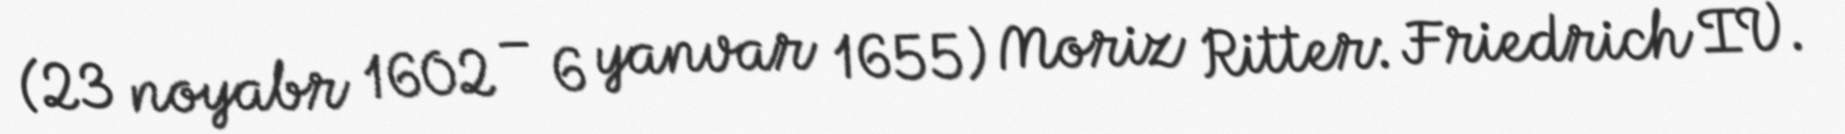
(23 noyabr 1602 – 6 yanvar 1655) Moriz Ritter: Friedrich IV.